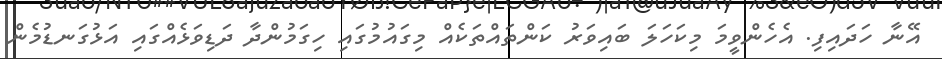
އޭނާ ހަދައިފި. އެހެންވީމަ މިކަހަލަ ބައިވަރު ކަންތައްތަކެއް މިގައުމުގައި ހިގަމުންދާ ދަޑިވަޅެއްގައި އަޅުގަނޑުމެން